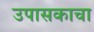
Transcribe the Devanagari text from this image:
उपासकाचा